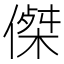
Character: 𠎀